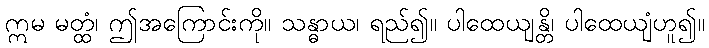
ဣမ မတ္ထံ၊ ဤအကြောင်းကို။ သန္ဓာယ၊ ရည်၍။ ပါထေယျန္တိ၊ ပါထေယျံဟူ၍။